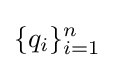
\{q_{i}\}_{i=1}^{n}